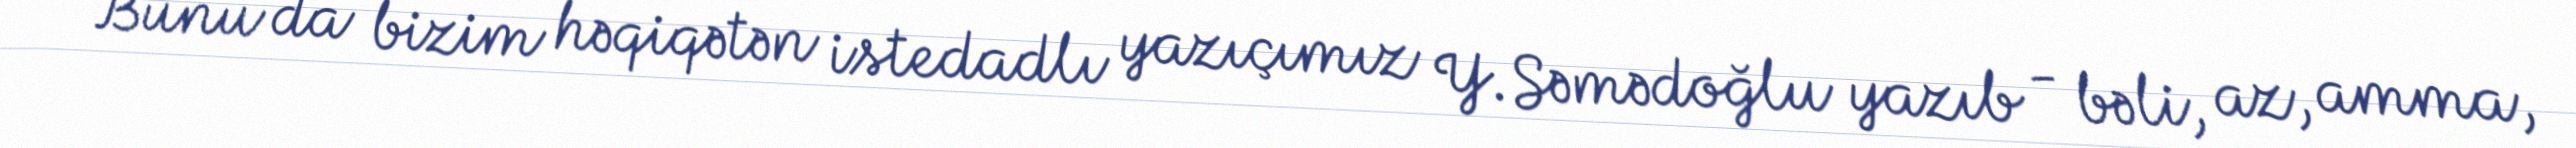
Bunu da bizim həqiqətən istedadlı yazıçımız Y.Səmədoğlu yazıb - bəli, az, amma,